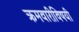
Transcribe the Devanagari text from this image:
क्रमवारीविषयी